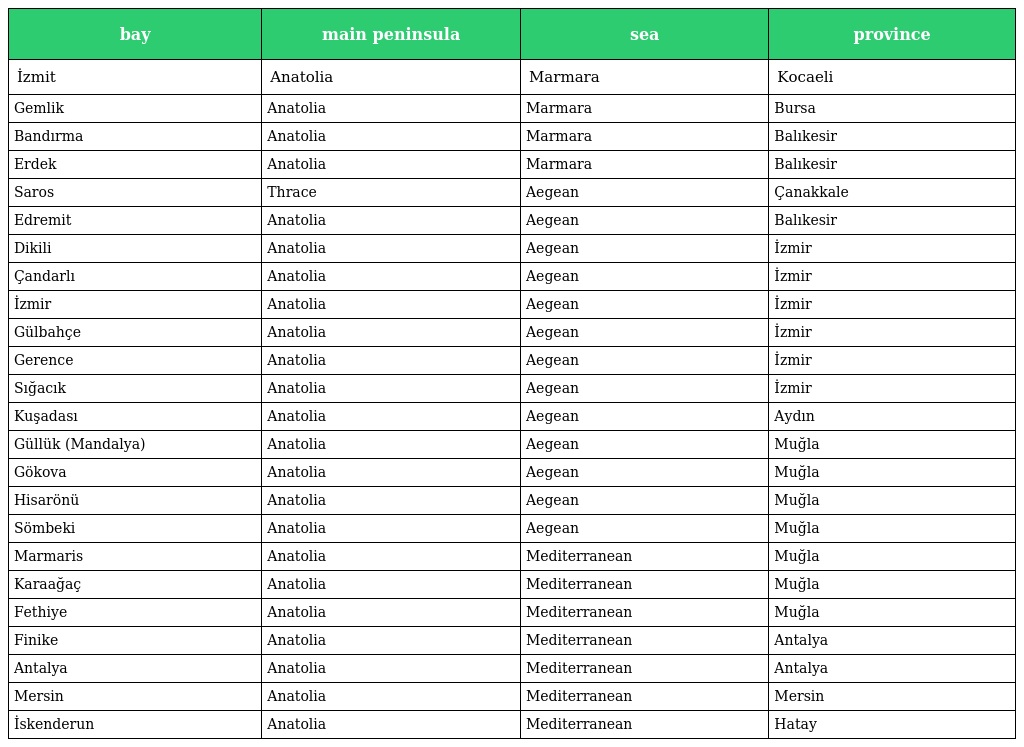
| bay | main peninsula | sea | province |
 | --- | --- | --- | --- |
 | İzmit | Anatolia | Marmara | Kocaeli |
 | Gemlik | Anatolia | Marmara | Bursa |
 | Bandırma | Anatolia | Marmara | Balıkesir |
 | Erdek | Anatolia | Marmara | Balıkesir |
 | Saros | Thrace | Aegean | Çanakkale |
 | Edremit | Anatolia | Aegean | Balıkesir |
 | Dikili | Anatolia | Aegean | İzmir |
 | Çandarlı | Anatolia | Aegean | İzmir |
 | İzmir | Anatolia | Aegean | İzmir |
 | Gülbahçe | Anatolia | Aegean | İzmir |
 | Gerence | Anatolia | Aegean | İzmir |
 | Sığacık | Anatolia | Aegean | İzmir |
 | Kuşadası | Anatolia | Aegean | Aydın |
 | Güllük (Mandalya) | Anatolia | Aegean | Muğla |
 | Gökova | Anatolia | Aegean | Muğla |
 | Hisarönü | Anatolia | Aegean | Muğla |
 | Sömbeki | Anatolia | Aegean | Muğla |
 | Marmaris | Anatolia | Mediterranean | Muğla |
 | Karaağaç | Anatolia | Mediterranean | Muğla |
 | Fethiye | Anatolia | Mediterranean | Muğla |
 | Finike | Anatolia | Mediterranean | Antalya |
 | Antalya | Anatolia | Mediterranean | Antalya |
 | Mersin | Anatolia | Mediterranean | Mersin |
 | İskenderun | Anatolia | Mediterranean | Hatay |